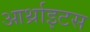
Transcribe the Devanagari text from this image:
आर्थ्राइटस